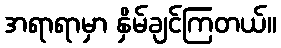
အရာရာမှာ နှိမ်ချင်ကြတယ်။